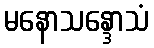
မနောသန္ဒောသံ